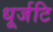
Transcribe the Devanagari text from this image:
धूर्जटि